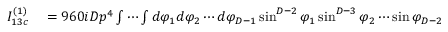
\begin{array} { r l } { I _ { 1 3 c } ^ { ( 1 ) } } & { { } = 9 6 0 i D p ^ { 4 } \int \cdots \int d \varphi _ { 1 } d \varphi _ { 2 } \cdots d \varphi _ { D - 1 } \sin ^ { D - 2 } \varphi _ { 1 } \sin ^ { D - 3 } \varphi _ { 2 } \cdots \sin \varphi _ { D - 2 } } \end{array}